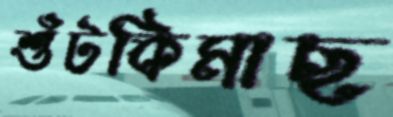
শুঁটকিমাছ